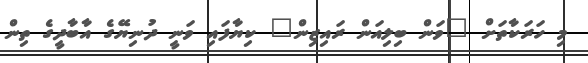
މި ހަރަކާތަށް "ވަން ބިލިއަން ރައިޒިން" ކިޔާފައި ވަނީ ދުނިޔޭގެ އާބާދީގެ ތިން